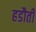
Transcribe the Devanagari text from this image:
हडौती